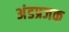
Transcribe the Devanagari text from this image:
अंडप्रजक